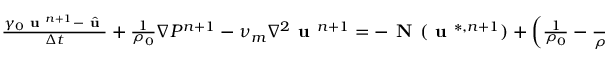
\begin{array} { r l } { \small } & { { } \frac { \gamma _ { 0 } \textbf { u } ^ { n + 1 } - \hat { \textbf { u } } } { \Delta t } + \frac { 1 } { \rho _ { 0 } } \nabla P ^ { n + 1 } - \nu _ { m } \nabla ^ { 2 } \textbf { u } ^ { n + 1 } = - \textbf { N } ( \textbf { u } ^ { * , n + 1 } ) + \left( \frac { 1 } { \rho _ { 0 } } - \frac { 1 } { \rho ^ { n + 1 } } \right) \nabla P ^ { * , n + 1 } } \end{array}